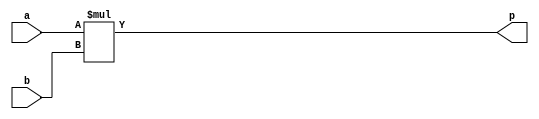
module myproject_mul_mul_16s_16s_26_1_1_DSP48_0(a, b, p);
input signed [16 - 1 : 0] a;
input signed [16 - 1 : 0] b;
output signed [26 - 1 : 0] p;

assign p = $signed (a) * $signed (b);

endmodule